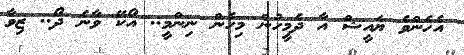
އެހެންވެ ޔައީޝް އާ ދެމީހުން މިހެން ނިންމީ.. އޯކޭ ވާނެ ދޯ.. ޒިވާ